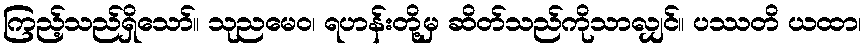
ကြည့်သည်ရှိသော်။ သုညမေဝ၊ ရဟန်းတို့မှ ဆိတ်သည်ကိုသာလျှင်။ ပဿတိ ယထာ၊